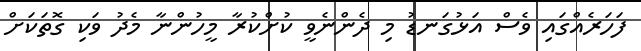
ފަހަރެއްގައި ވެސް އަޅުގަނޑު މި ދެންނެވީ ކުށްކުރާ މީހުންނާ މެދު ވަކި ގޮތަކަށް